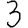
Digit: 3